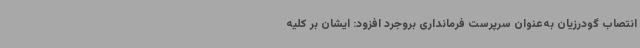
انتصاب گودرزیان به‌عنوان سرپرست فرمانداری بروجرد افزود: ایشان بر کلیه